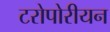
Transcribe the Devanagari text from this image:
टरोपोरीयन